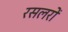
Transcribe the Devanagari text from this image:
रसलरों